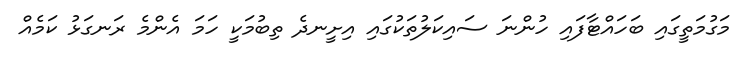
މަގުމަތީގައި ބަހައްޓާފައި ހުންނަ ސައިކަލުތަކުގައި އިށީނދެ ތިބުމަކީ ހަމަ އެންމެ ރަނގަޅު ކަމެއް